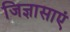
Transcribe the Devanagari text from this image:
जिज्ञासाएं